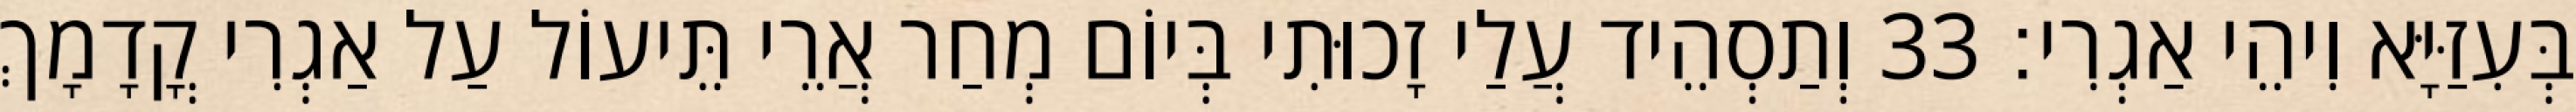
בְּעִזַּיָּא וִיהֵי אַגְרִי׃ 33 וְתַסְהֵיד עֲלַי זָכוּתִי בְּיוֹם מְחַר אֲרֵי תֵּיעוֹל עַל אַגְרִי קֳדָמָךְ